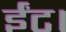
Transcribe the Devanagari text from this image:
ईंट।